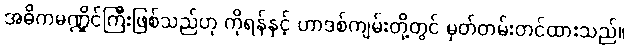
အဓိကမဏ္ဍိုင်ကြီးဖြစ်သည်ဟု ကိုရန်နှင့် ဟာဒစ်ကျမ်းတို့တွင် မှတ်တမ်းတင်ထားသည်။